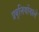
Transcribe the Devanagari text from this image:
प्रवृत्तियोंवाले